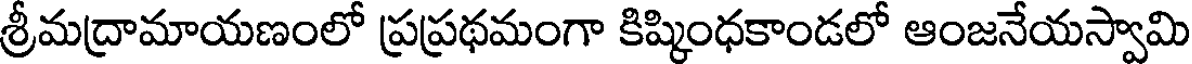
శ్రీమద్రామాయణంలో ప్రప్రథమంగా కిష్కింధకాండలో ఆంజనేయస్వామి